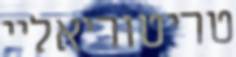
טריטוריאליי